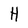
Character: H